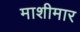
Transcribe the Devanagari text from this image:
माशीमार